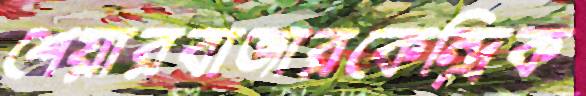
শেয়ারবাজারকেন্দ্রিক